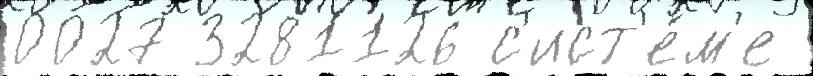
0027 3281126 с'ист'е́м'е